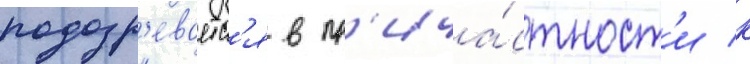
подозр'еваетс'я в пр'ича́стност'и к